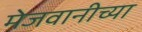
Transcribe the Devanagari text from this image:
मेजवानीच्या